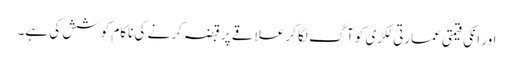
اور انکی قیمتی عمارتی لکڑی کو آگ لگا کر علاقے پر قبضہ کر نے کی ناکام کوشش کی ہے۔